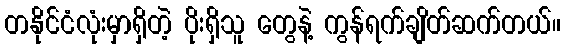
တနိုင်ငံလုံးမှာရှိတဲ့ ပိုးရှိသူ တွေနဲ့ ကွန်ရက်ချိတ်ဆက်တယ်။